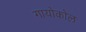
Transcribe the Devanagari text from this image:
गायोकोल